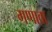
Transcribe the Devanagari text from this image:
गणावा